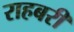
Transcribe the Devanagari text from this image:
राहबरी